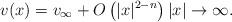
LaTeX: \begin{align*} v ( x ) = v _ { \infty } + O \left( |x|^{2-n} \right)| x | \rightarrow \infty. \end{align*}